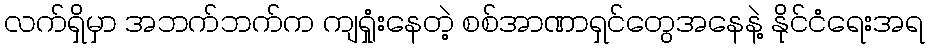
လက်ရှိမှာ အဘက်ဘက်က ကျရှုံးနေတဲ့ စစ်အာဏာရှင်တွေအနေနဲ့ နိုင်ငံရေးအရ